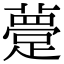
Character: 䠢